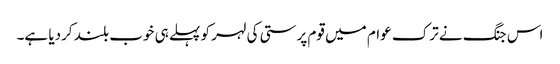
اس جنگ نے ترک عوام میں قوم پرستی کی لہر کو پہلے ہی خوب بلند کردیا ہے۔